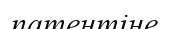
патентіне